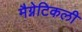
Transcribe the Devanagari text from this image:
मैग्नेटिकली